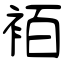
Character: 袹